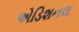
એડિશનલ